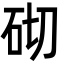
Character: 砌